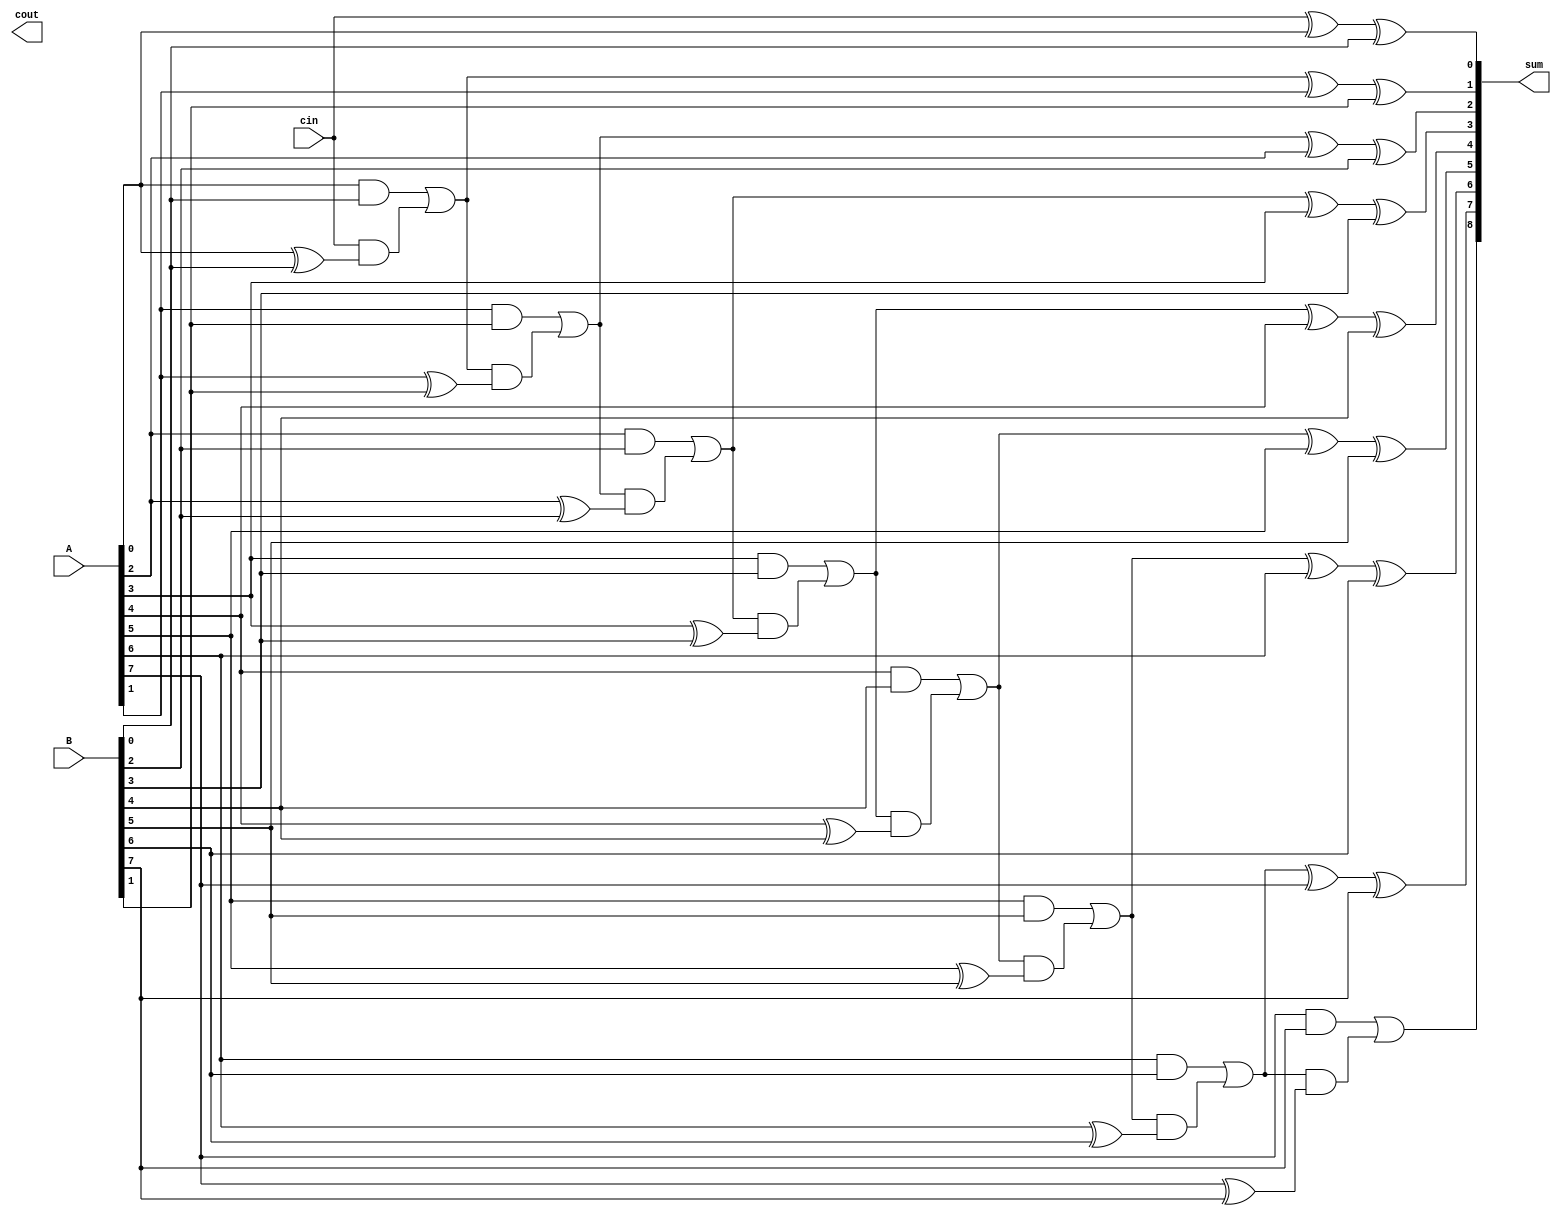
module CarrySkipAdder (
    input [N-1:0] A,
    input [N-1:0] B,
    input cin,
    output [N:0] sum,
    output cout
);

parameter N = 8; // Number of bits in input

// Declare signals for intermediate calculations
wire [N:0] s;
wire [N:0] c;

assign s[0] = cin ^ A[0] ^ B[0];
assign c[0] = (A[0] & B[0]) | (cin & (A[0] ^ B[0]));

genvar i;
generate
    for(i = 1; i < N; i = i + 1) begin
        assign s[i] = c[i-1] ^ A[i] ^ B[i];
        assign c[i] = (A[i] & B[i]) | (c[i-1] & (A[i] ^ B[i]));
    end
endgenerate

assign sum = {c[N-1], s[N-1:0]}; // Output sum
assign cout = c[N]; // Output carry out

endmodule